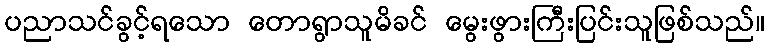
ပညာသင်ခွင့်ရသော တောရွာသူမိခင် မွေးဖွားကြီးပြင်းသူဖြစ်သည်။